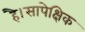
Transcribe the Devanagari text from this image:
है।सापेक्षिक